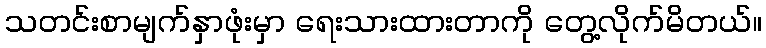
သတင်းစာမျက်နှာဖုံးမှာ ရေးသားထားတာကို တွေ့လိုက်မိတယ်။